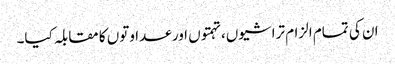
ان کی تمام الزام تراشیوں، تہمتوں اور عداوتوں کا مقابلہ کیا۔